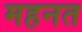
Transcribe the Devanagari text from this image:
महनत